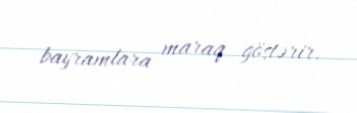
bayramlara maraq göstərir.